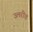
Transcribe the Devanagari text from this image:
उलरीच